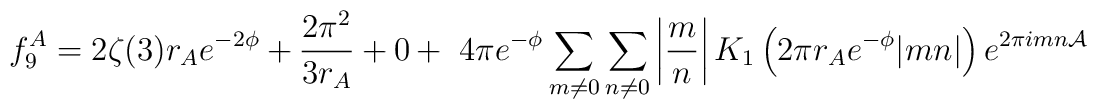
f_{9}^A=2\zeta(3) r_A e^{-2\phi} +           \frac{2\pi^2}{3 r_A} + 0+~ 4\pi e^{-\phi} \sum_{m\ne 0} \sum_{n\ne 0}\left|\frac{m}{n}\right| K_1\left(2\pi r_A e^{-\phi} |mn|\right)           e^{2\pi i m n {\cal A}}